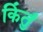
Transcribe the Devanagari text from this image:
किंतुं